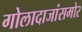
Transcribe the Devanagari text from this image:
गोलादाजांसमोर